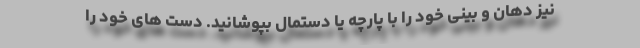
نیز دهان و بینی خود را با پارچه یا دستمال بپوشانید. دست های خود را